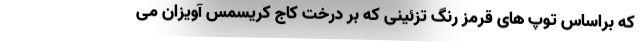
که براساس توپ های قرمز رنگ تزئینی که بر درخت کاج کریسمس آویزان می